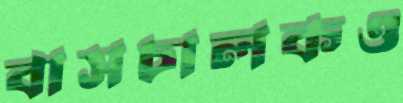
বাসচালকও